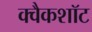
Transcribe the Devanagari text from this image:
क्वैकशॉट